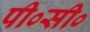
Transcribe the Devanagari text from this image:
पी०सी०